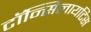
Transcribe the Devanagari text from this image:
टॉन्सिलायटिस